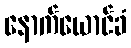
နောက်ယောင်ခံ